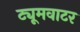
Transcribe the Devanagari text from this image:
ट्यूमवाटर